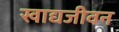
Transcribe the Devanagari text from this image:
खाद्यजीवन